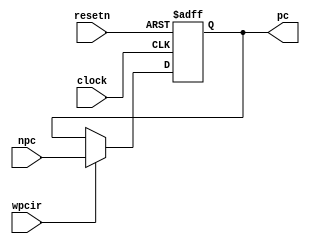
module pipepc ( npc,wpcir,clock,resetn,pc );

   input  [31:0] npc ;
   input         clock,resetn,wpcir ;      
   output [31:0] pc ;
   
   wire   [31:0] npc ;
   wire          clock,resetn,wpcir;
   reg    [31:0] pc ;
   
   always @ (negedge resetn or posedge clock)
      if ( resetn == 0) begin
         pc[31:0] <= 32'b0;
      end else begin
         if ( wpcir == 1) pc[31:0] <= npc[31:0];
      end
      
endmodule